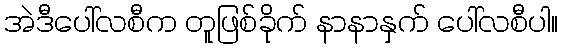
အဲဒီပေါ်လစီက တူဖြစ်ခိုက် နာနာနှက် ပေါ်လစီပါ။